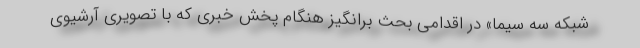
شبکه سه سیما» در اقدامی بحث برانگیز هنگام پخش خبری که با تصویری آرشیوی